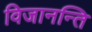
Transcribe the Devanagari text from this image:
विजानन्ति